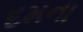
દમના